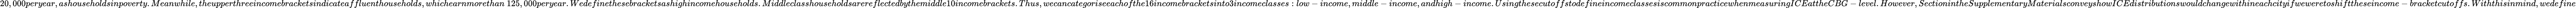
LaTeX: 20,000peryear,ashouseholdsinpoverty.Meanwhile,theupperthreeincomebracketsindicateaffluenthouseholds,whichearnmorethan\ 125,000peryear.Wedefinethesebracketsashighincomehouseholds.Middleclasshouseholdsarereflectedbythemiddle10incomebrackets.Thus,wecancategoriseeachofthe16incomebracketsinto3incomeclasses:low-income,middle-income,andhigh-income.UsingthesecutoffstodefineincomeclassesiscommonpracticewhenmeasuringICEattheCBG-level.However,SectionintheSupplementaryMaterialsconveyshowICEdistributionswouldchangewithineachcityifweweretoshifttheseincome-bracketcutoffs.Withthisinmind,wedefine